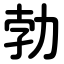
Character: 勃